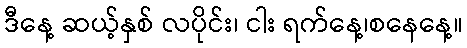
ဒီနေ့ ဆယ့်နှစ် လပိုင်း၊ ငါး ရက်နေ့၊စနေနေ့။